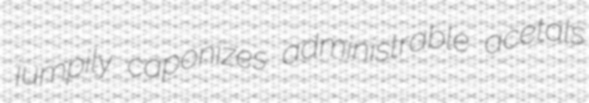
jumpily caponizes administrable acetals